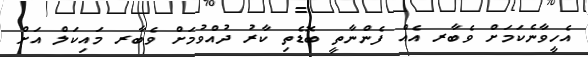
އެހީވާނެކަމަށް ވެބާރ އެއް ފެންނާތީ ބޮޑެތި ކާރު ދުއްވުމަށް ވެބާރ މައިކަލް އަށް